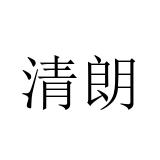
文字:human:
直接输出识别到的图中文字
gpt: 清朗